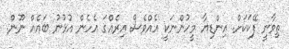
ތިވާނީ ފޭކަކަށް. އިންޑިޔާ މީހުންނަކީ އެއްވެސް އިރެއްގަ އެހެން އުޅުނު ބައެއް ނޫން.